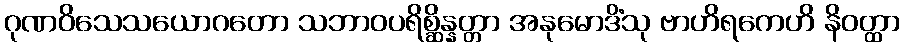
ဂုဏဝိသေသယောဂတော သဘာဝပရိစ္ဆိန္နတ္တာ အနုမောဒိံသု ဗာဟိရကေဟိ နိဝတ္ထာ